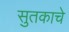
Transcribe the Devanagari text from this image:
सुतकाचे